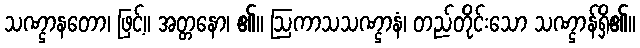
သဏ္ဌာနတော၊ ဖြင့်။ အတ္တနော၊ ၏။ ဩကာသသဏ္ဌာနံ၊ တည်တိုင်းသော သဏ္ဌာန်ရှိ၏။